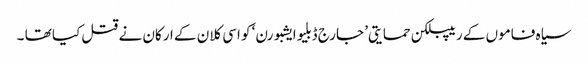
سیاہ فاموں کے ریپبلکن حمایتی’ جارج ڈبلیو ایشبورن‘ کو اسی کلان کے ارکان نے قتل کیا تھا ۔